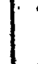
|